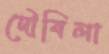
দৌবিলা